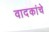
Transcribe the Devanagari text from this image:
वादकांचे